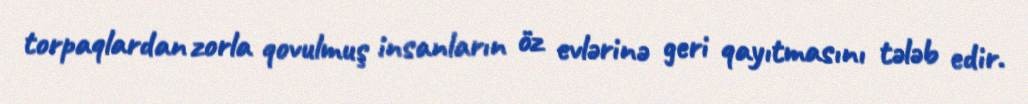
torpaqlardan zorla qovulmuş insanların öz evlərinə geri qayıtmasını tələb edir.